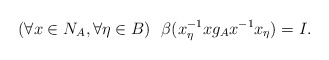
\begin{align*}(\forall x \in N_A,\forall \eta \in B)~~\beta(x_{\eta}^{-1}xg_{A}x^{-1}x_{\eta})=I.\end{align*}